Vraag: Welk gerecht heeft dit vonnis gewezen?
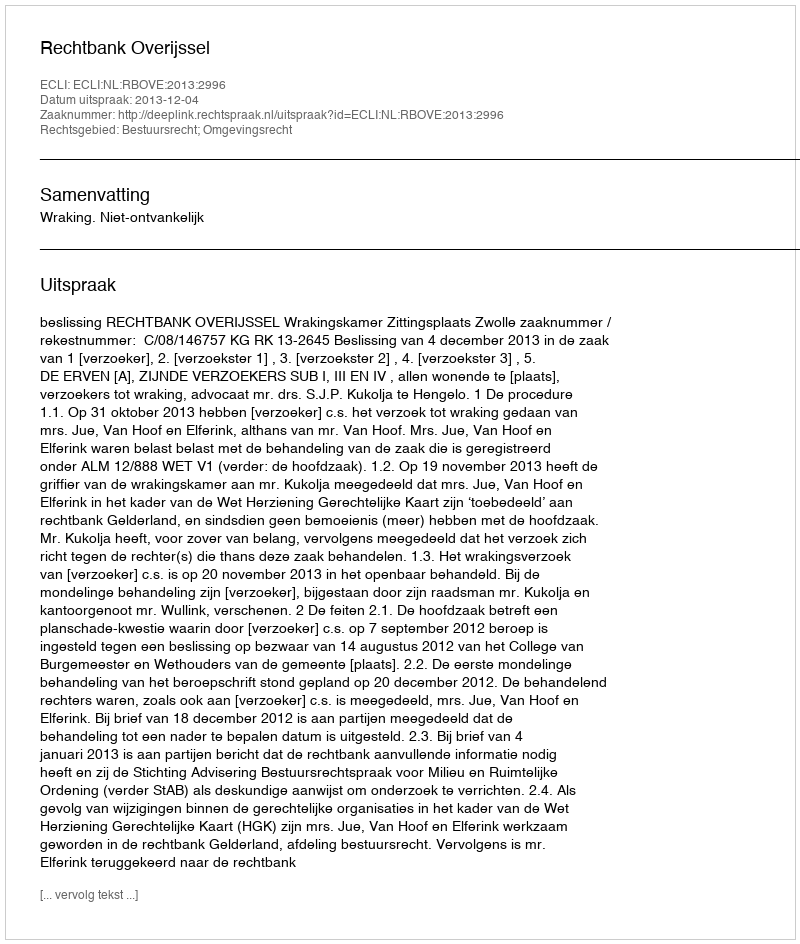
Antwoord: Rechtbank Overijssel